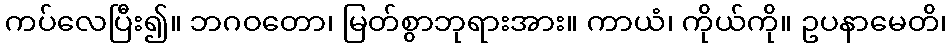
ကပ်လေပြီး၍။ ဘဂဝတော၊ မြတ်စွာဘုရားအား။ ကာယံ၊ ကိုယ်ကို။ ဥပနာမေတိ၊